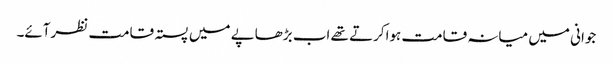
جوانی میں میانہ قامت ہواکرتے تھے اب بڑھاپے میں پستہ قامت نظرآئے۔